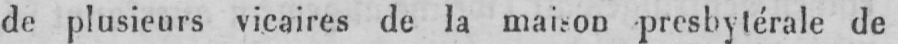
de plusieurs vicaires de la maison presbytérale de